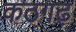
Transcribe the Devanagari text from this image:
कठगढ़